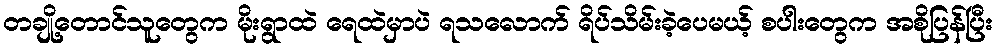
တချို့တောင်သူတွေက မိုးရွာထဲ ရေထဲမှာပဲ ရသလောက် ရိပ်သိမ်းခဲ့ပေမယ့် စပါးတွေက အစိုပြန်ပြီး